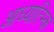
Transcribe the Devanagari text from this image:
आध्यात्म्कि